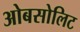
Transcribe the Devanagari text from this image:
ओबसोलिट